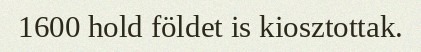
1600 hold földet is kiosztottak.